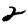
Digit: 2